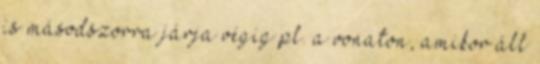
is másodszorra járja végig pl. a vonaton, amikor áll